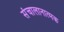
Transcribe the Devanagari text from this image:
संचालानात्मक